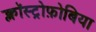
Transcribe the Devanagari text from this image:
क्लॉस्ट्रोफ़ोबिया